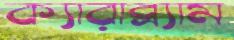
ক্যারাব্র্যাম